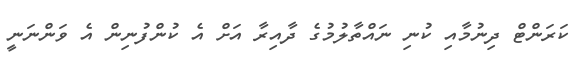
ކަރަންޓް ދިނުމާއި ކުނި ނައްތާލުމުގެ ދާއިރާ އަށް އެ ކުންފުނިން އެ ވަންނަނީ